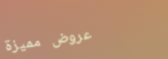
عروض مميزة